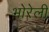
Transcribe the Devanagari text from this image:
भोरेली